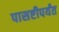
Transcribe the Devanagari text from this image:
पासष्टीपर्यंत